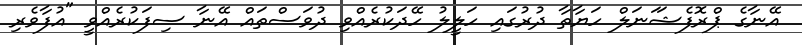
އޭނާގެ ޕްރޮފެޝަަނަލް ހަޔާތާ ދުރުގައި ހަލީލު ހޭދަކުރެއްވި ދުވަސްތައް އޭނާ ސިފަކުރެއްވީ "އުފާވެރި